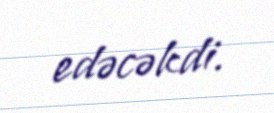
edəcəkdi.